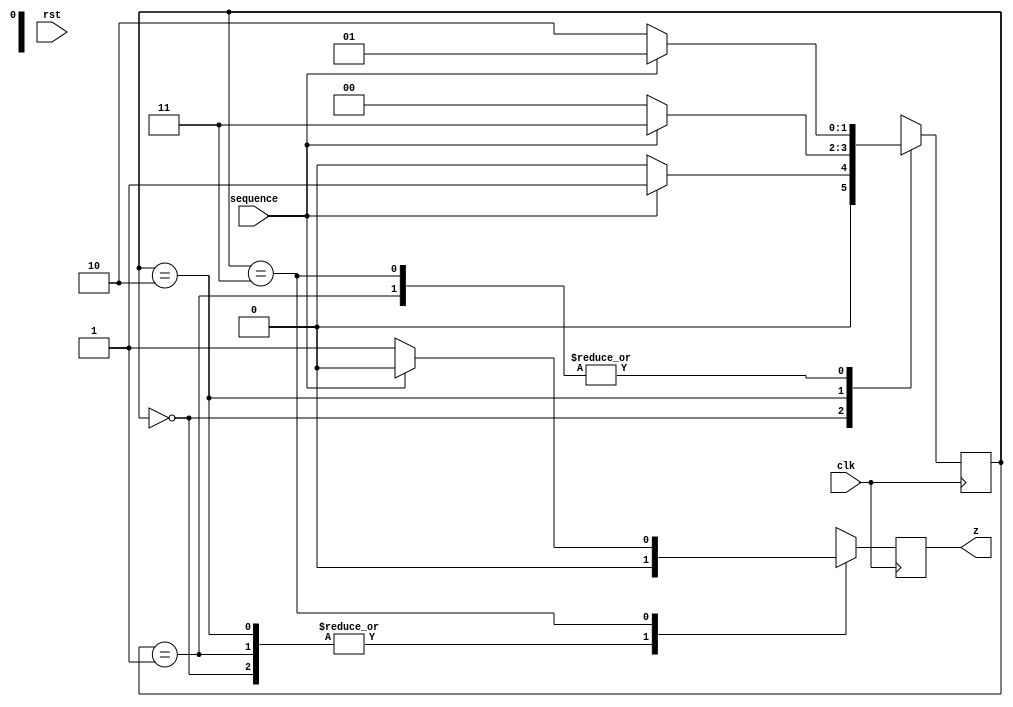
module sd_moore(input clk,
		input rst,
		input sequence,
		output reg z);

localparam a = 2'b00;
localparam b = 2'b01;
localparam c = 2'b10;
localparam d = 2'b11;

reg [1:0] presentState, nextState;

always@(posedge clk, posedge rst) begin
if(rst) presentState <= a;
else if(clk) presentState <= nextState;
end

always@(posedge clk) begin
presentState = nextState;
z = 1'b0;
case(presentState)
a: begin
   if(sequence) nextState = b;
   else nextState = a;
   end
b: begin
   if(~sequence) nextState = c;
   else nextState = b;
   end
c: begin
   if(sequence) nextState = d;
   else nextState = a;
   end
d: begin
   if(~sequence) begin
   z = 1'b1;
   nextState = c;
   end
   else nextState = b;
   end 
default: begin
         z = 1'b0;
         nextState = a;
	 end
endcase
end
endmodule

//TETSBENCH
module sd_moore_tb();

reg clk, rst;
reg sequence;
wire z;

sd_moore uut(.clk(clk), .rst(rst), .sequence(sequence), .z(z));

initial begin
sequence = 1'b0;
clk = 1'b0;
end

always #5 clk = ~clk;

initial begin
rst = 1'b1;
#10 rst = 1'b0;
end

initial begin
#15 sequence = 1'b1;
#10 sequence = 1'b1;
#10 sequence = 1'b0;
#10 sequence = 1'b1;

end

initial $monitor($time,"sequence = %b, z = %b", sequence, z);
initial #200 $finish;

endmodule